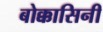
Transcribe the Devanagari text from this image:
बोक्कासिनी